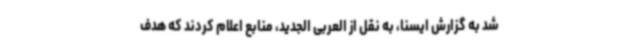
شد به گزارش ایسنا، به نقل از العربی الجدید، منابع اعلام کردند که هدف